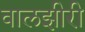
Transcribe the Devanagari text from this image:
वालझीरी